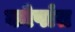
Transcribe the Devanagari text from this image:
कोषांत